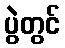
ပွဲတွင်